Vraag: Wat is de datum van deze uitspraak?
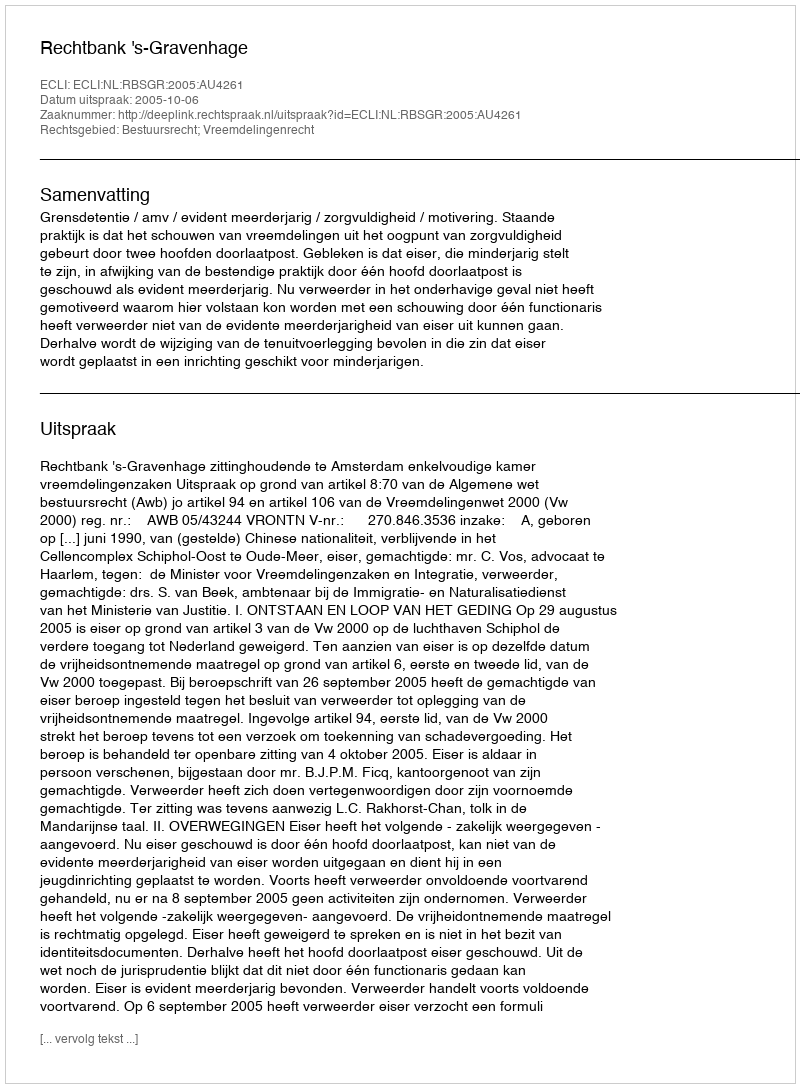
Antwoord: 2005-10-06